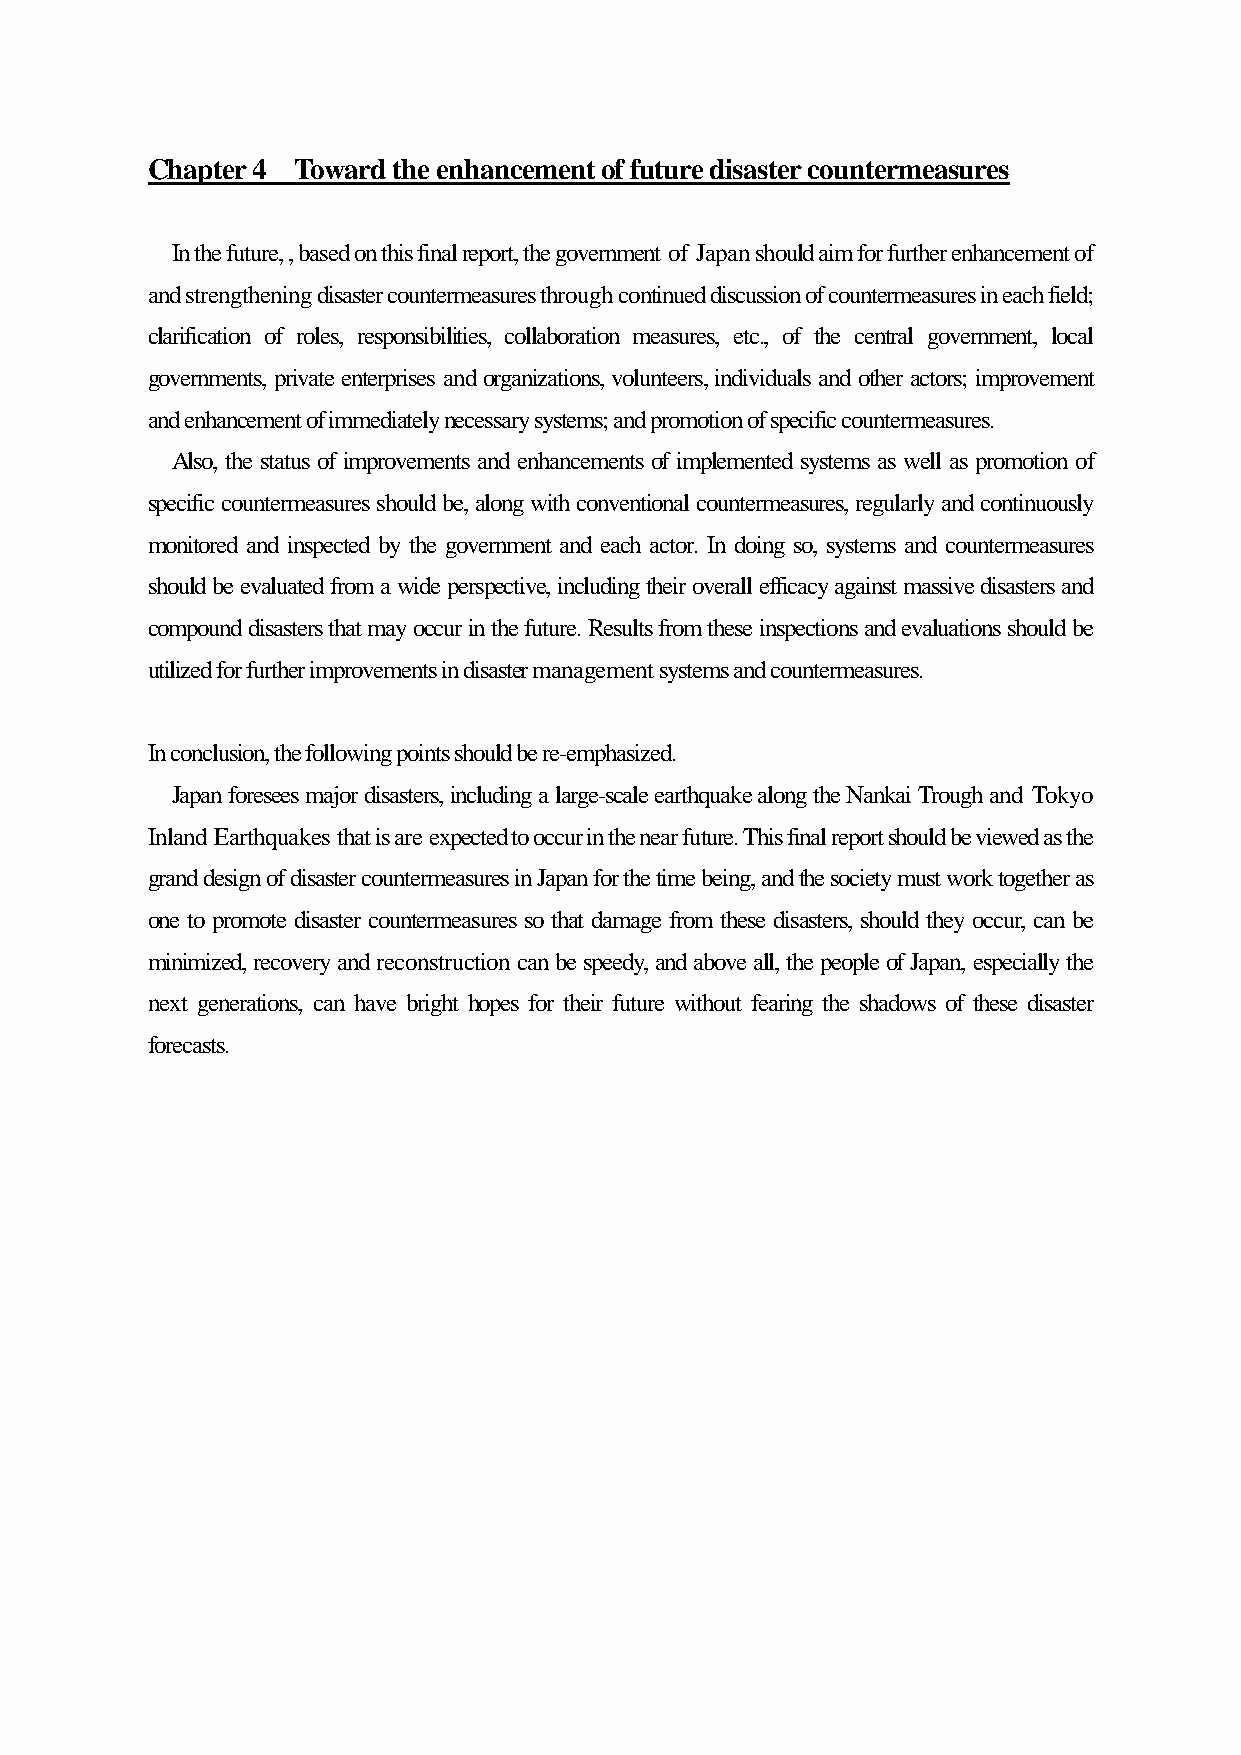
Chapter 4 Toward the enhancement of future disaster countermeasures
 In the future, , based on this final report, the government of Japan should aim for further enhancement of
 and strengthening disaster countermeasures through continued discussion of countermeasures in each field;
 clarification of roles, responsibilities, collaboration measures, etc., of the central government, local
 governments, private enterprises and organizations, volunteers, individuals and other actors; improvement
 and enhancement of immediately necessary systems; and promotion of specific countermeasures.
 Also, the status of improvements and enhancements of implemented systems as well as promotion of
 specific countermeasures should be, along with conventional countermeasures, regularly and continuously
 monitored and inspected by the government and each actor. In doing so, systems and countermeasures
 should be evaluated from a wide perspective, including their overall efficacy against massive disasters and
 compound disasters that may occur in the future. Results from these inspections and evaluations should be
 utilized for further improvements in disaster management systems and countermeasures.
 In conclusion, the following points should be re-emphasized.
 Japan foresees major disasters, including a large-scale earthquake along the Nankai Trough and Tokyo
 Inland Earthquakes that is are expected to occur in the near future. This final report should be viewed as the
 grand design of disaster countermeasures in Japan for the time being, and the society must work together as
 one to promote disaster countermeasures so that damage from these disasters, should they occur, can be
 minimized, recovery and reconstruction can be speedy, and above all, the people of Japan, especially the
 next generations, can have bright hopes for their future without fearing the shadows of these disaster
 forecasts.